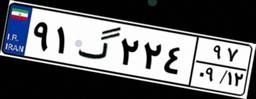
۹۱گ۲۲۴۹۷